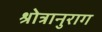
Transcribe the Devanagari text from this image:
श्रोत्रानुराग